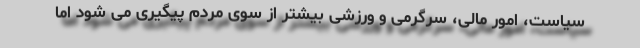
سیاست، امور مالی، سرگرمی و ورزشی بیشتر از سوی مردم پیگیری می شود اما